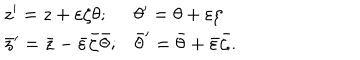
\begin{array} { l l } { { z ^ { \prime } = z + \varepsilon \zeta \theta ; } } & { { \theta ^ { \prime } = \theta + \varepsilon \zeta } } \\ { { \bar { z } ^ { \prime } = \bar { z } - \bar { \varepsilon } \bar { \zeta } \bar { \theta } ; } } & { { \bar { \theta } ^ { \prime } = \bar { \theta } + \bar { \varepsilon } \bar { \zeta } . } } \\ \end{array}